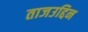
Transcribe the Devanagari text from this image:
ताजउद्दिन